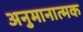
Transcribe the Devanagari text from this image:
अनुमानात्मक